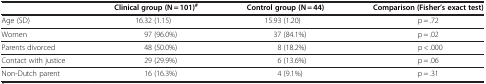
<table><thead><tr><td><b> </b></td><td><b>Clinical group (N = 101)<sup>#</sup></b></td><td><b>Control group (N = 44)</b></td><td><b>Comparison (Fisher’s exact test)</b></td></tr></thead><tbody><tr><td>Age (SD)</td><td>16.32 (1.15)</td><td>15.93 (1.20)</td><td>p = .72</td></tr><tr><td>Women</td><td>97 (96.0%)</td><td>37 (84.1%)</td><td>p = .02</td></tr><tr><td>Parents divorced</td><td>48 (50.0%)</td><td>8 (18.2%)</td><td>p &lt; .000</td></tr><tr><td>Contact with justice</td><td>29 (29.9%)</td><td>6 (13.6%)</td><td>p = .06</td></tr><tr><td>Non-Dutch parent</td><td>16 (16.3%)</td><td>4 (9.1%)</td><td>p = .31</td></tr></tbody></table>